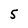
Character: 5